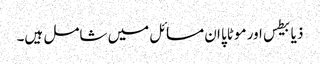
ذیابیطس اور موٹاپا ان مسائل میں شامل ہیں۔